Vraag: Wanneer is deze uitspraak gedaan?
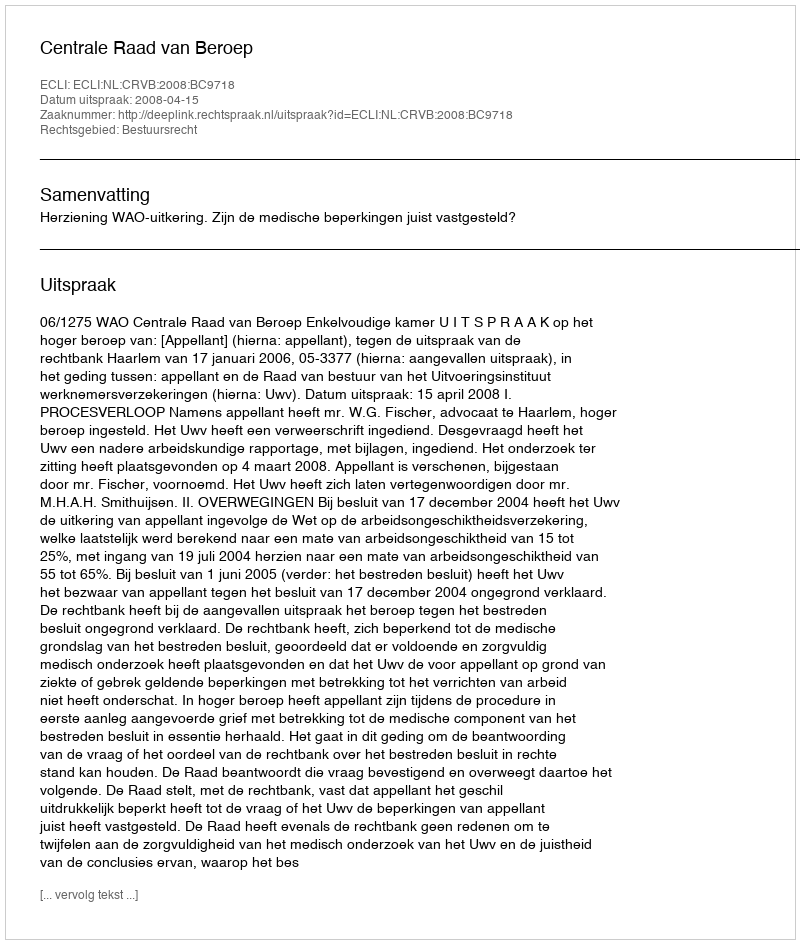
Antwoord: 2008-04-15